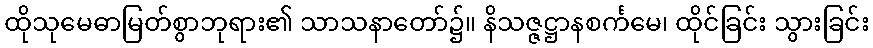
ထိုသုမေဓာမြတ်စွာဘုရား၏ သာသနာတော်၌။ နိသဇ္ဇဋ္ဌာနစင်္ကမေ၊ ထိုင်ခြင်း သွားခြင်း